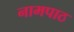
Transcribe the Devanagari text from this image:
नामपाठ